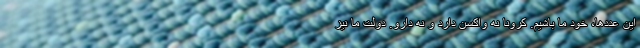
این عددها، خود ما باشیم. کرونا نه واکسن دارد و نه دارو. دولت ما نیز